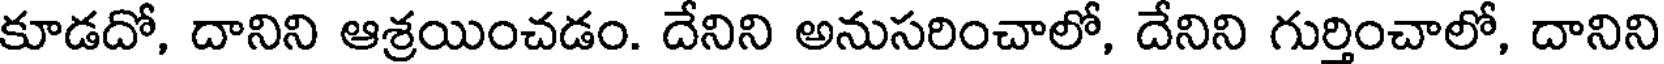
కూడదో, దానిని ఆశ్రయించడం. దేనిని అనుసరించాలో, దేనిని గుర్తించాలో, దానిని